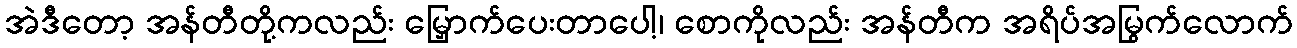
အဲဒီတော့ အန်တီတို့ကလည်း မြှောက်ပေးတာပေါ့၊ စောကိုလည်း အန်တီက အရိပ်အမြွက်လောက်